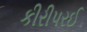
કીરીપરઈ